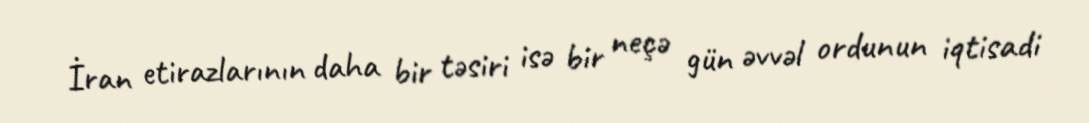
İran etirazlarının daha bir təsiri isə bir neçə gün əvvəl ordunun iqtisadi